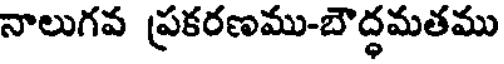
నాలుగవ ప్రకరణము-బౌద్ధమతము